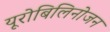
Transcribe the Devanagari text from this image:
यूरोबिलिनोजन